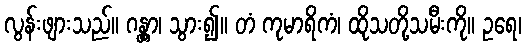
လွန်းဖျားသည်။ ဂန္တွာ၊ သွား၍။ တံ ကုမာရိကံ၊ ထိုသတို့သမီးကို။ ဥရေ၊